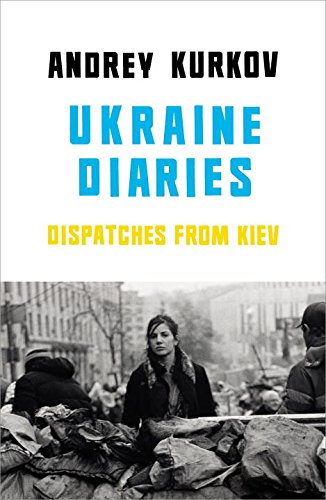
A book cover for Ukraine Diaries: Dispatches from Kiev; Andrey Kurkov; Literature & Fiction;